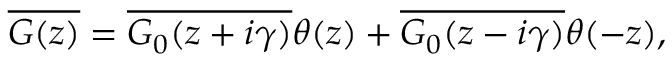
\overline { { G ( z ) } } = \overline { { G _ { 0 } ( z + i \gamma ) } } \theta ( \relax z ) + \overline { { G _ { 0 } ( z - i \gamma ) } } \theta ( - \relax z ) ,